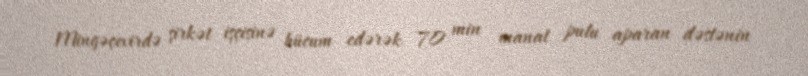
Mingəçevirdə şirkət işçisinə hücum edərək 70 min manat pulu aparan dəstənin